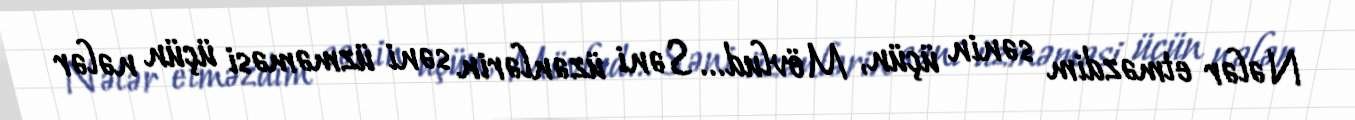
Nələr etməzdim sənin üçün, Mövlud... Səni üzənlərin səni üzməməsi üçün nələr